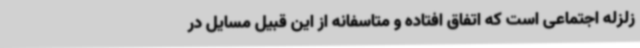
زلزله اجتماعی است که اتفاق افتاده و متاسفانه از این قبیل مسایل در